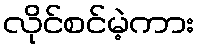
လိုင်စင်မဲ့ကား